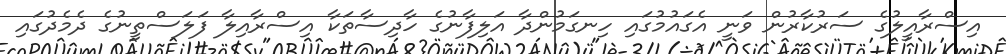
އިސްރާއީލުގެ ސަރުކާރުން ވަނީ އެގައުމުގައި ހިނގަމުންދާ އަލިފާނުގެ ހާދިސާތަކާ އިސްރާއިލާ ފަލަސްތީނުގެ ދެމެދުގައި